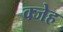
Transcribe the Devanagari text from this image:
क्जेह